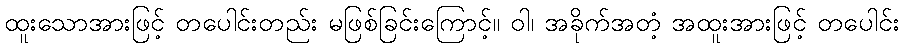
ထူးသောအားဖြင့် တပေါင်းတည်း မဖြစ်ခြင်းကြောင့်။ ဝါ၊ အခိုက်အတံ့ အထူးအားဖြင့် တပေါင်း